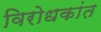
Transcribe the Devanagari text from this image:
विरोधकांत